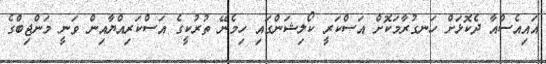
އައިއެސްއާ ދެކޮޅަށް ހަނގުރާމަކޮށް އަސްކަރީ ކޯލިޝަންގައި ހިމެނޭ ތުރުކީގެ އަސްކަރިއްޔާއިން ވަނީ މަންޖިބްގެ